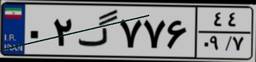
۱۱گ۱۳۶۷۳